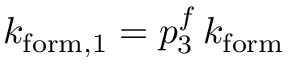
k _ { \mathrm { f o r m } , 1 } = p _ { 3 } ^ { f } \, k _ { \mathrm { f o r m } }